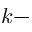
k -